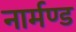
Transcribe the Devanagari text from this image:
नार्मण्ड